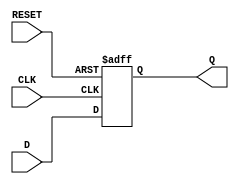
module synchronous_register (
    input wire D,        // Data input
    input wire CLK,      // Clock input
    input wire RESET,    // Synchronous reset
    output reg Q         // Data output
);

// Always block triggered on the rising edge of the clock or the reset signal
always @(posedge CLK or posedge RESET) begin
    if (RESET) begin
        Q <= 1'b0;      // Reset output to 0 when RESET is asserted
    end else begin
        Q <= D;         // Capture input data on the rising edge of the clock
    end
end

endmodule